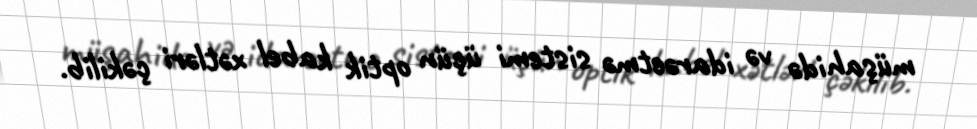
müşahidə və idarəetmə sistemi üçün optik kabel xətləri çəkilib.